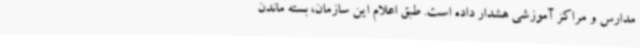
مدارس و مراکز آموزشی هشدار داده است. طبق اعلام این سازمان، بسته ماندن